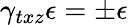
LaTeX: \gamma_{txz}\epsilon=\pm\epsilon